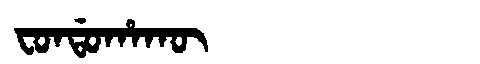
Manchu: ᠸᠣᠨᡩᠣᡥᠠᡴᡡ
Romanization: FONDOHAKŪ